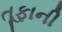
તૂફાની